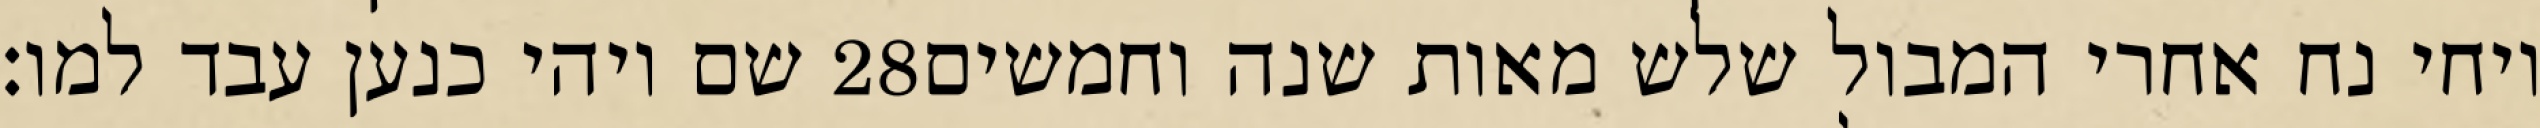
שם ויהי כנען עבד למו׃ ‎28‏ ויחי נח אחרי המבול שלש מאות שנה וחמשים